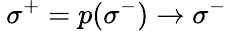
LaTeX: \: \sigma^{+}=p(\sigma^{-})\rightarrow\sigma^{-}\: